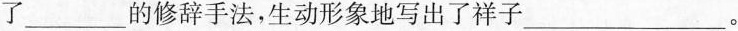
了___的修辞手法，生动形象地写出了祥子___。